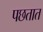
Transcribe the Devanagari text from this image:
पछतात